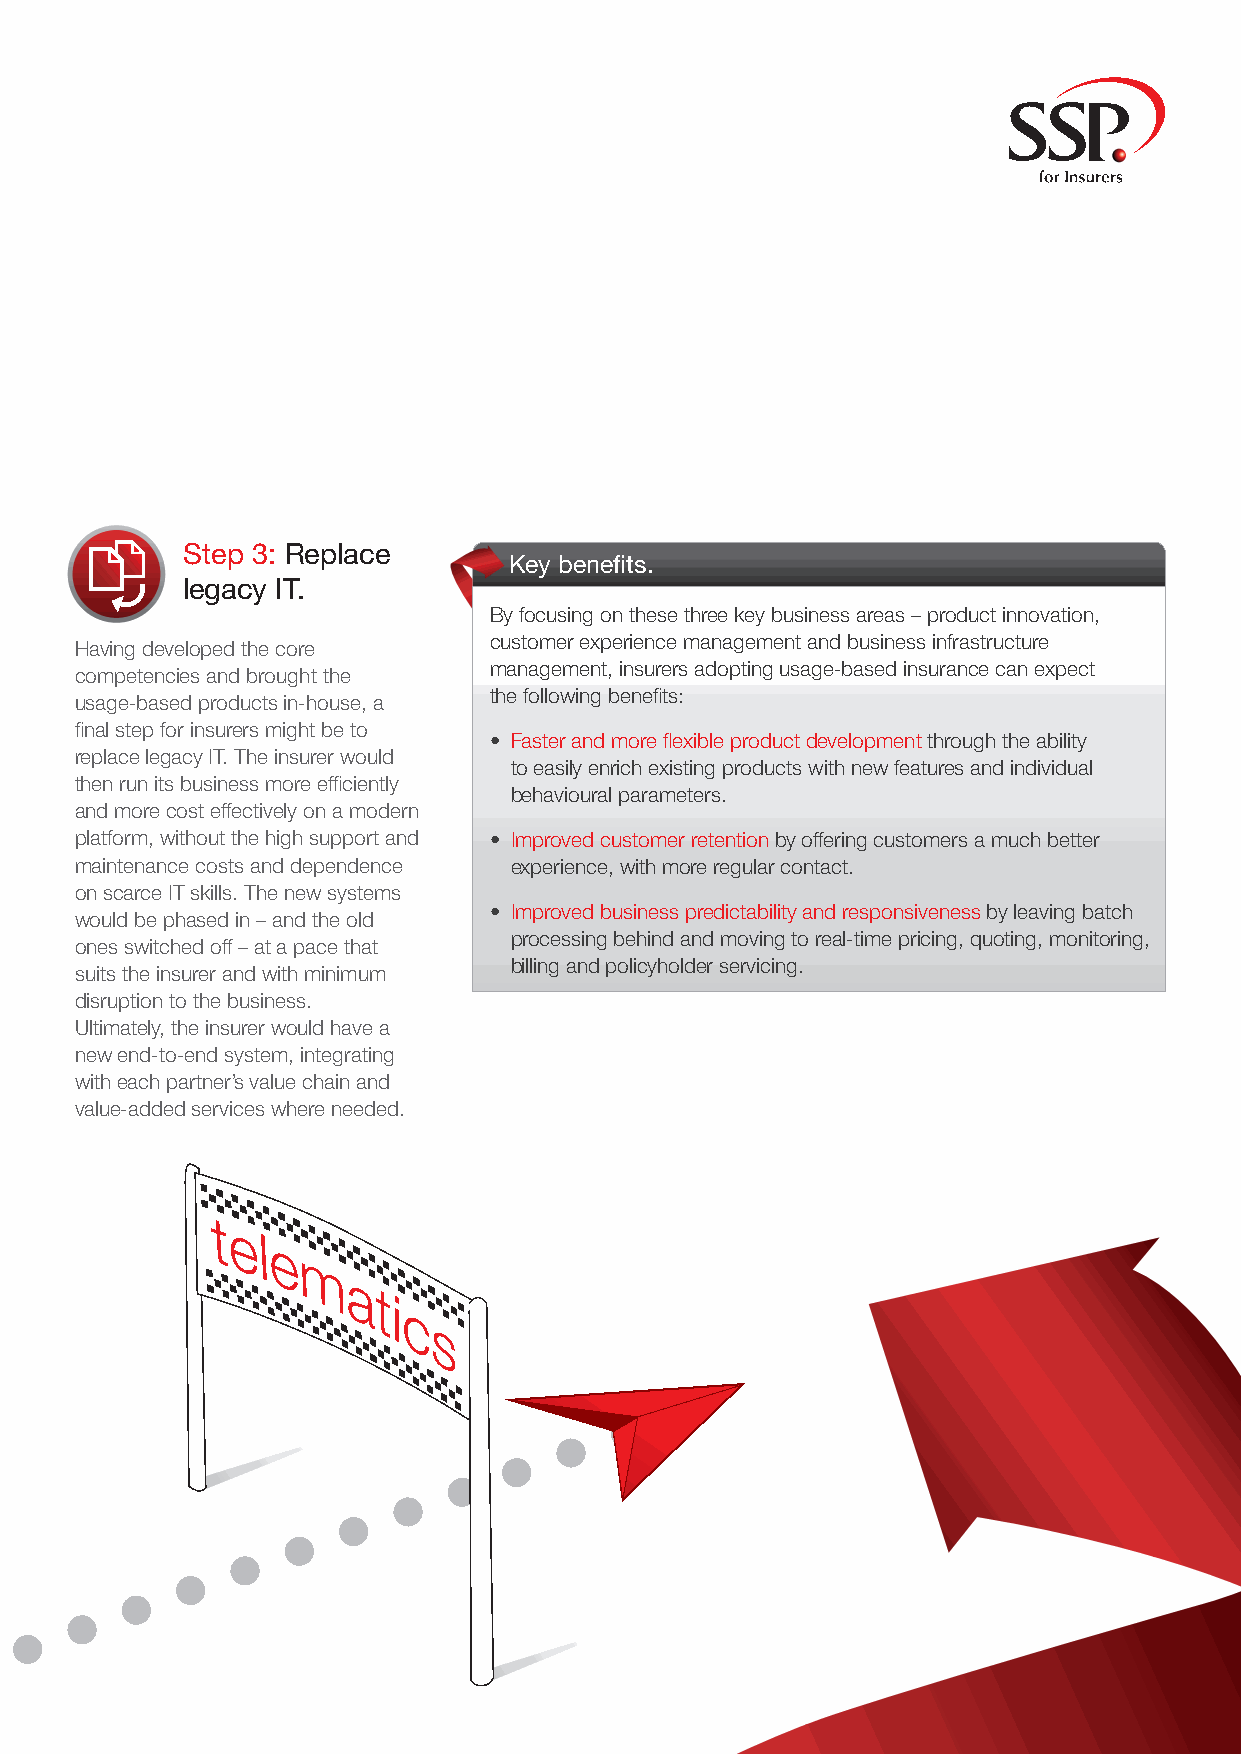
Step 3: Replace
 Key benefits.
 legacy IT.
 By focusing on these three key business areas – product innovation,
 customer experience management and business infrastructure
 Having developed the core
 management, insurers adopting usage-based insurance can expect
 competencies and brought the
 the following benefits:
 usage-based products in-house, a
 final step for insurers might be to
 • Faster and more flexible product development through the ability
 replace legacy IT. The insurer would
 to easily enrich existing products with new features and individual
 then run its business more efficiently
 behavioural parameters.
 and more cost effectively on a modern
 platform, without the high support and • Improved customer retention by offering customers a much better
 maintenance costs and dependence experience, with more regular contact.
 on scarce IT skills. The new systems
 • Improved business predictability and responsiveness by leaving batch
 would be phased in – and the old
 processing behind and moving to real-time pricing, quoting, monitoring,
 ones switched off – at a pace that
 billing and policyholder servicing.
 suits the insurer and with minimum
 disruption to the business.
 Ultimately, the insurer would have a
 new end-to-end system, integrating
 with each partner’s value chain and
 value-added services where needed.